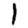
Digit: 1